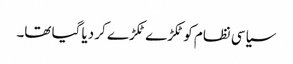
سیاسی نظام کو ٹکڑے ٹکڑے کر دیا گیا تھا۔